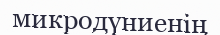
микродүниенің